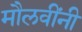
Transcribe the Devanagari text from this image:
मौलवींनी